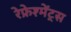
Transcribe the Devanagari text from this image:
रेफ्रेश्मेंट्स